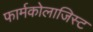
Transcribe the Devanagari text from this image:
फार्मकोलाजिस्ट